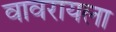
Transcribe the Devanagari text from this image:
वावरायला